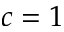
c = 1